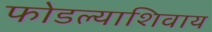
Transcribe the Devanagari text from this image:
फोडल्याशिवाय